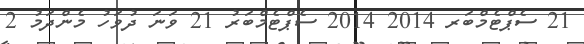
21 ސެޕްޓެމްބަރ 2014 2014 ސެޕްޓެމްބަރު 21 ވަނަ ދުވަހު މެންދަމު 2